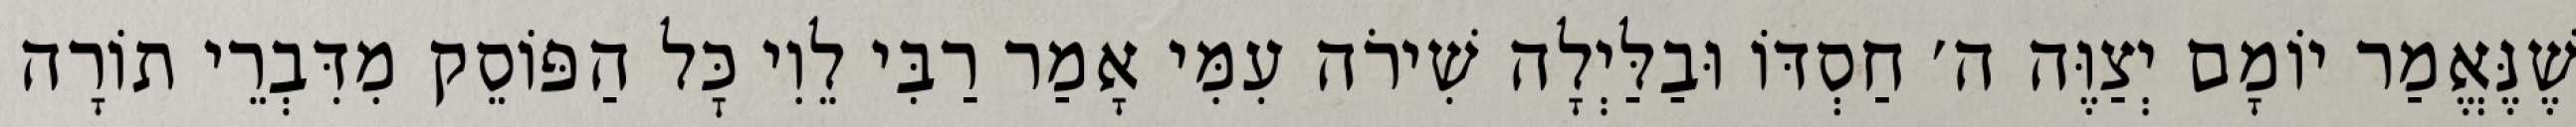
שֶׁנֶּאֱמַר יוֹמָם יְצַוֶּה ה׳ חַסְדּוֹ וּבַלַּיְלָה שִׁירֹה עִמִּי אָמַר רַבִּי לֵוִי כׇּל הַפּוֹסֵק מִדִּבְרֵי תוֹרָה